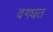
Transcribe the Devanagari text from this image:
दगधत